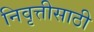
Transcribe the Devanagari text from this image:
निवृत्तीसाठी